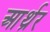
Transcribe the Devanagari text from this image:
आर्थ्रर